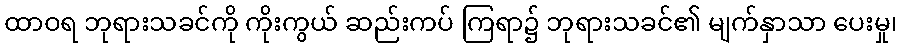
ထာဝရ ဘုရားသခင်ကို ကိုးကွယ် ဆည်းကပ် ကြရာ၌ ဘုရားသခင်၏ မျက်နှာသာ ပေးမှု၊